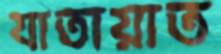
যাতায়াত